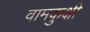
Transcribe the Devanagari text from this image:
वामकुक्षी